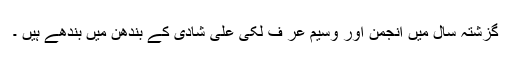
گزشتہ سال میں انجمن اور وسیم عر ف لکی علی شادی کے بندھن میں بندھے ہیں ۔